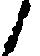
候